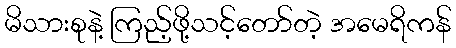
မိသားစုနဲ့ ကြည့်ဖို့သင့်တော်တဲ့ အမေရိကန်